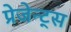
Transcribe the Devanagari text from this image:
प्रेजेन्ट्स